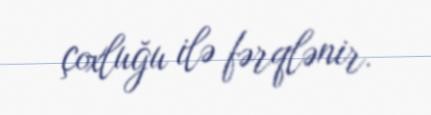
çoxluğu ilə fərqlənir.